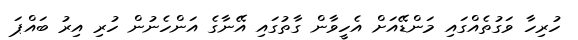
ހުރިހާ ވަގުތެއްގައި މަންޑޭއަށް އެހީވާން ގާތުގައި އޭނާގެ އަންހެނުން ހުރި އިރު ބައްޕަ